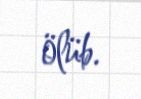
ölüb.